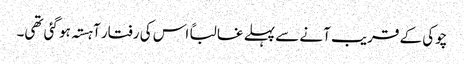
چوکی کے قریب آنے سے پہلے غالباً اس کی رفتار آہستہ ہو گئی تھی۔